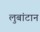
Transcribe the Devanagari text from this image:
लुबांटान